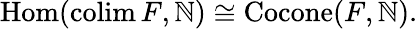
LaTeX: \operatorname{Hom}(\operatorname{colim}F,\mathbb{N})\cong\operatorname{Cocone}(F,\mathbb{N}).